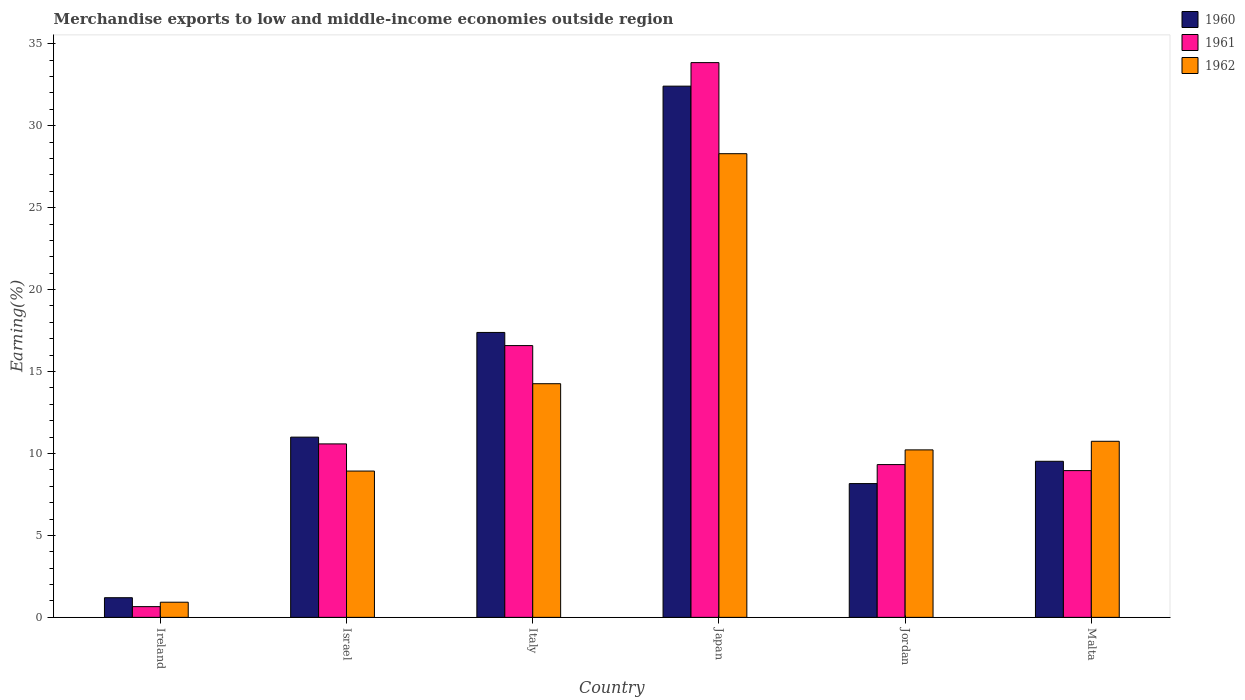
| Country | 1960 | 1961 | 1962 |
 | --- | --- | --- | --- |
 | Ireland | 1.2 | 0.655 | 0.925 |
 | Israel | 11 | 10.6 | 8.93 |
 | Italy | 17.4 | 16.6 | 14.3 |
 | Japan | 32.4 | 33.9 | 28.3 |
 | Jordan | 8.16 | 9.32 | 10.2 |
 | Malta | 9.52 | 8.96 | 10.7 |